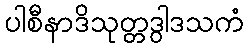
ပါစီနာဒိသုတ္တဒွါဒသကံ